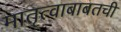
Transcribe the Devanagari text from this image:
मातृत्वाबाबतची